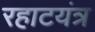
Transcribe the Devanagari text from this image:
रहाटयंत्र